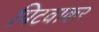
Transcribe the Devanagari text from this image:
पिटवाकर